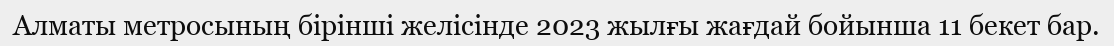
Алматы метросының бірінші желісінде 2023 жылғы жағдай бойынша 11 бекет бар.